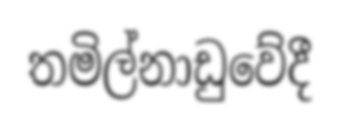
තමිල්නාඩුවේදී